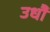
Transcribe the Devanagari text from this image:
उधौ